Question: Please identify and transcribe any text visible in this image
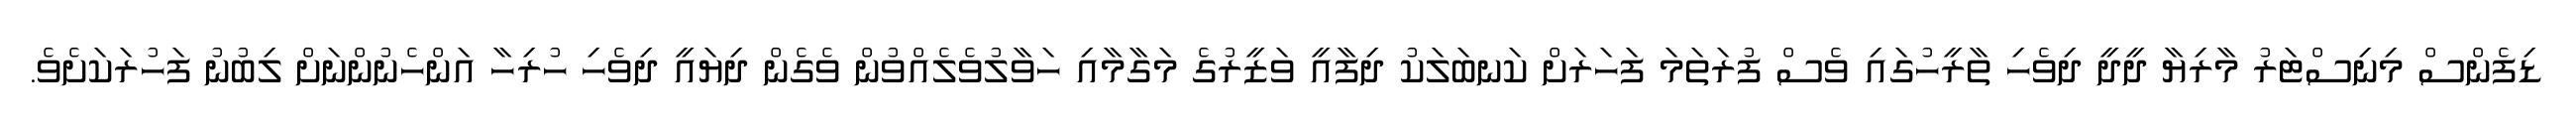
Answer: ޑިފެންސް މިނިސްޓަރު މާރިޔާ ދީދީ ދިވެހި ތާރީހުގައި ވެސް ފުރަތަމަ ފަހަރަށް ކަނބަލަކު ދިފާއީ ވަޒީރުގެ މަގާމާއި ހަވާލުވެލެއްވުން ވެގެން ދިޔައީ ދިވެހި ހުރިހާ އަންހެނުންނަށް ލިބުނު ފަހުރަކަށެވެ.